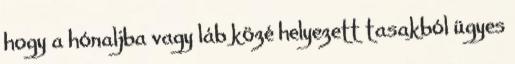
hogy a hónaljba vagy láb közé helyezett tasakból ügyes